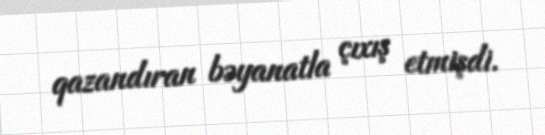
qazandıran bəyanatla çıxış etmişdi.